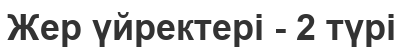
Жер үйректері - 2 түрі